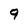
Character: 9